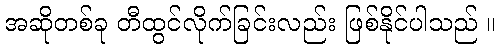
အဆိုတစ်ခု တီထွင်လိုက်ခြင်းလည်း ဖြစ်နိုင်ပါသည် ။